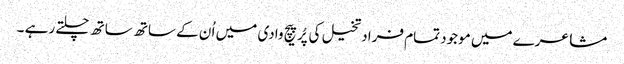
مشاعرے میں موجود تمام فراد تخیل کی پُرپیچ وادی میں اُ ن کے ساتھ ساتھ چلتے رہے ۔